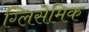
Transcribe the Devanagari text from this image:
ग्लिसेमिक